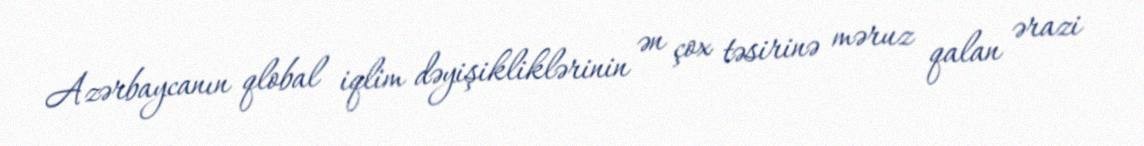
Azərbaycanın qlobal iqlim dəyişikliklərinin ən çox təsirinə məruz qalan ərazi